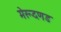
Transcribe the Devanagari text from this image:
मेरूदणड